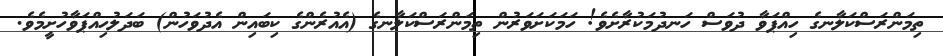
ތިމަންރަސްކަލާނގެ ހިއްޕަވާ ދުވަސް ހަނދުމަކުރާށެވެ! ހަމަކަށަވަރުން ތިމަންރަސްކަލާނގެ (އެއުރެންގެ ކިބައިން އެދުވަހުން) ބަދަލުހިއްޕަވާހުށީމެވެ.